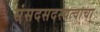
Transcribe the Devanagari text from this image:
संसदसदस्यत्वाचा